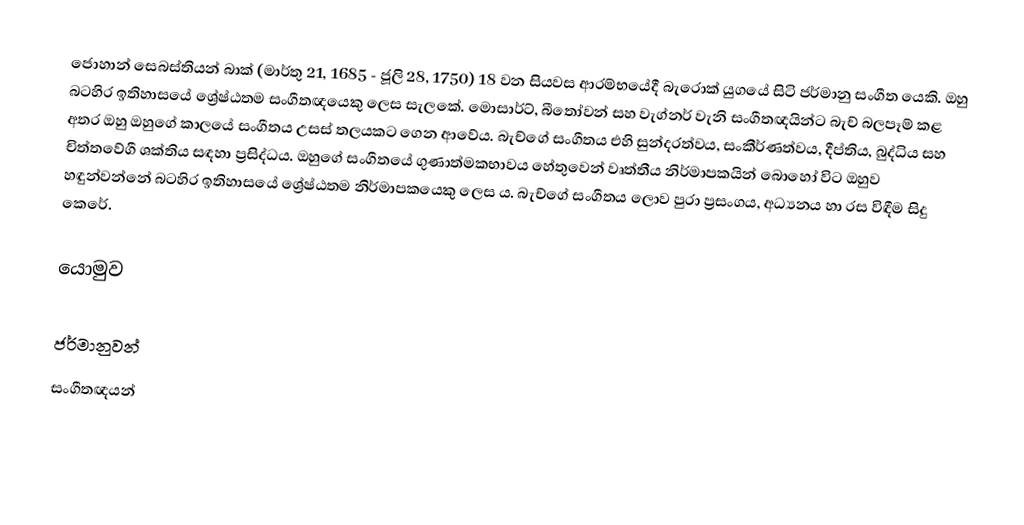
ජොහාන් සෙබස්තියන් බාක් (මාර්තු 21, 1685 - ජූලි 28, 1750) 18 වන සියවස ආරම්භයේදී බැරොක් යුගයේ සිටි ජර්මානු සංගීත යෙකි. ඔහු බටහිර ඉතිහාසයේ ශ්‍රේෂ්ඨතම සංගීතඥයෙකු ලෙස සැලකේ. මොසාර්ට්, බීතෝවන් සහ වැග්නර් වැනි සංගීතඥයින්ට බැච් බලපෑම් කළ අතර ඔහු ඔහුගේ කාලයේ සංගීතය උසස් තලයකට ගෙන ආවේය. බැච්ගේ සංගීතය එහි සුන්දරත්වය, සංකීර්ණත්වය, දීප්තිය, බුද්ධිය සහ චිත්තවේගී ශක්තිය සඳහා ප්‍රසිද්ධය. ඔහුගේ සංගීතයේ ගුණාත්මකභාවය හේතුවෙන් වෘත්තීය නිර්මාපකයින් බොහෝ විට ඔහුව හඳුන්වන්නේ බටහිර ඉතිහාසයේ ශ්‍රේෂ්ඨතම නිර්මාපකයෙකු ලෙස ය. බැච්ගේ සංගීතය ලොව පුරා ප්‍රසංගය, අධ්‍යනය හා රස විඳීම සිදු කෙරේ.

යොමුව

ජර්මානුවන්
සංගීතඥයන්